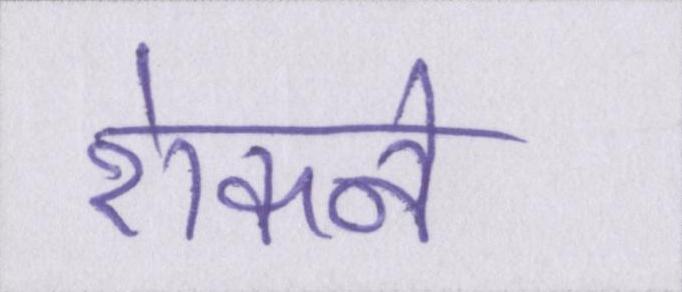
रोकने